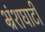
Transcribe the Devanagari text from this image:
भ्रंशघाटी